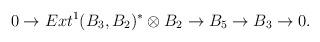
LaTeX: \begin{align*}0 \to Ext^1(B_3,B_2)^* \otimes B_2 \to B_5 \to B_3 \to 0 .\end{align*}